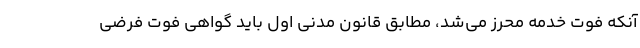
آنکه فوت خدمه محرز می‌شد، مطابق قانون مدنی اول باید گواهی فوت فرضی